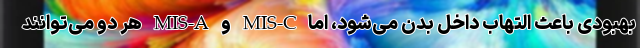
بهبودی باعث التهاب داخل بدن می‌شود، اما MIS-C و MIS-A هر دو می‌توانند